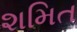
શમિત